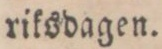
riksdagen.